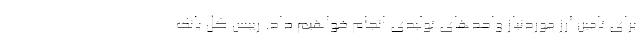
برای تامین ارز موردنیاز واحدهای تولیدی انجام خواهیم داد. رییس کل بانک